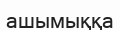
ашымыққа